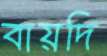
বায়দি